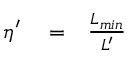
\begin{array} { r l r } { \eta ^ { \prime } } & { { } = } & { \frac { L _ { m i n } } { L ^ { \prime } } } \end{array}